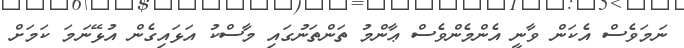
ނަމަވެސް އެކަން ވާނީ އެންމެންވެސް ޢާންމު ތަންތަނުގައި މާސްކު އަޅައިގެން އުޅޭނަމަ ކަމަށް